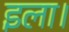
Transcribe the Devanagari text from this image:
इला।